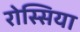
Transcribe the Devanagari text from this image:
रोस्सिया